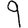
Digit: 9